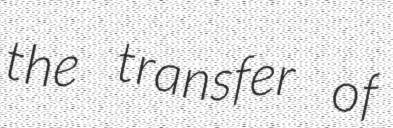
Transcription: the transfer of